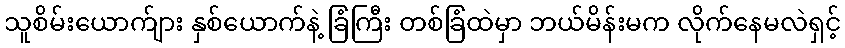
သူစိမ်းယောက်ျား နှစ်ယောက်နဲ့ ခြံကြီး တစ်ခြံထဲမှာ ဘယ်မိန်းမက လိုက်နေမလဲရှင့်